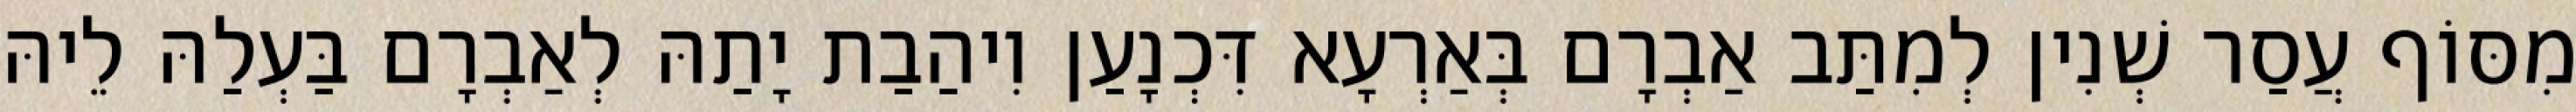
מִסּוֹף עֲסַר שְׁנִין לְמִתַּב אַבְרָם בְּאַרְעָא דִּכְנָעַן וִיהַבַת יָתַהּ לְאַבְרָם בַּעְלַהּ לֵיהּ